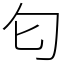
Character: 匂